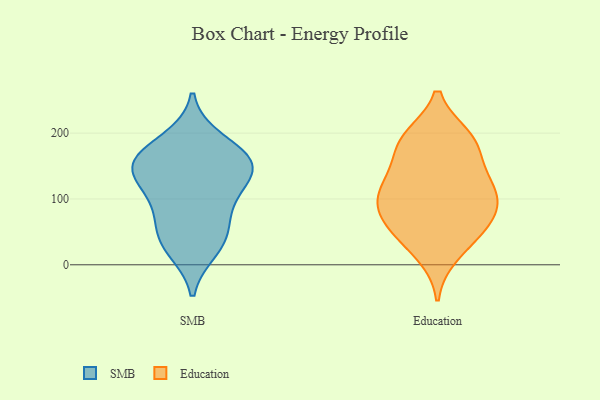
{"axis": {"x": "Churn Rate (%)", "y": "Value"}, "legend": ["Education", "SMB"], "data": [{"x": "", "y": 24, "type": "SMB"}, {"x": "", "y": 155, "type": "SMB"}, {"x": "", "y": 145, "type": "SMB"}, {"x": "", "y": 95, "type": "SMB"}, {"x": "", "y": 127, "type": "SMB"}, {"x": "", "y": 85, "type": "SMB"}, {"x": "", "y": 41, "type": "SMB"}, {"x": "", "y": 143, "type": "SMB"}, {"x": "", "y": 43, "type": "SMB"}, {"x": "", "y": 189, "type": "SMB"}, {"x": "", "y": 167, "type": "SMB"}, {"x": "", "y": 157, "type": "SMB"}, {"x": "", "y": 175, "type": "Education"}, {"x": "", "y": 138, "type": "Education"}, {"x": "", "y": 41, "type": "Education"}, {"x": "", "y": 59, "type": "Education"}, {"x": "", "y": 88, "type": "Education"}, {"x": "", "y": 85, "type": "Education"}, {"x": "", "y": 57, "type": "Education"}, {"x": "", "y": 190, "type": "Education"}, {"x": "", "y": 117, "type": "Education"}, {"x": "", "y": 16, "type": "Education"}, {"x": "", "y": 120, "type": "Education"}, {"x": "", "y": 189, "type": "Education"}, {"x": "", "y": 193, "type": "Education"}, {"x": "", "y": 88, "type": "Education"}, {"x": "", "y": 117, "type": "Education"}]}